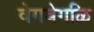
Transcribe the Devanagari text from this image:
वेगवेगळि